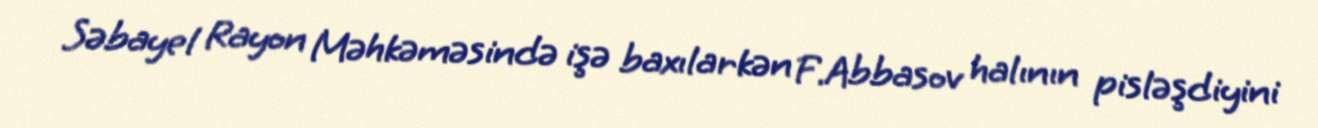
Səbayel Rayon Məhkəməsində işə baxılarkən F.Abbasov halının pisləşdiyini